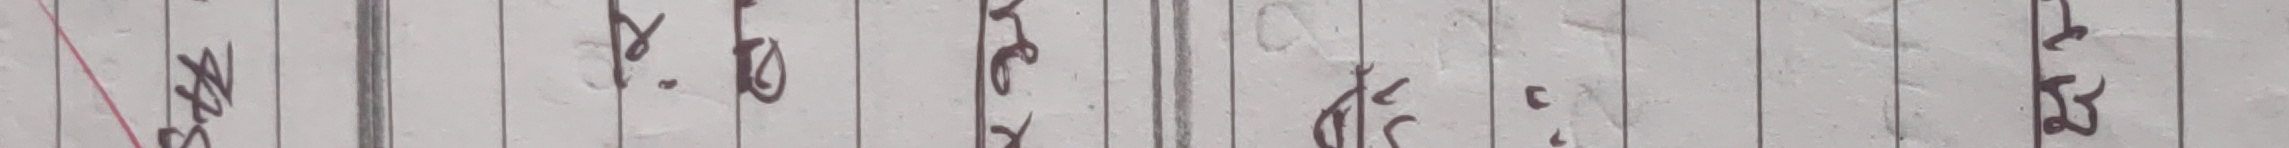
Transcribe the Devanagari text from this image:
बनाउला र